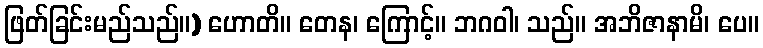
ဖြတ်ခြင်းမည်သည်။) ဟောတိ။ တေန၊ ကြောင့်။ ဘဂဝါ၊ သည်။ အဘိဇာနာမိ၊ ပေ။